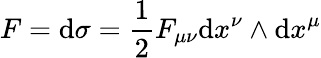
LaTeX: F=\mathrm{d}\sigma=\frac{{1}}{{2}}F_{\mu\nu}\mathrm{d}x^{\nu}\wedge\mathrm{d}x^{\mu}